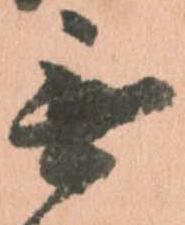
無